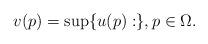
LaTeX: \begin{align*}v(p)=\sup\{u(p): \}, p\in \Omega. \end{align*}